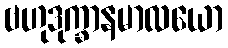
ဗဟုဒုက္ခာနမာလယော